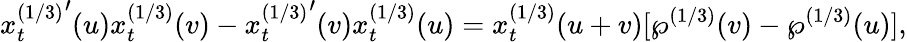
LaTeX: {x_{t}^{(1/3)}}^{\prime}(u)x_{t}^{(1/3)}(v)-{x_{t}^{(1/3)}}^{\prime}(v)x_{t}^{(1/3)}(u)=x_{t}^{(1/3)}(u+v)[\wp^{(1/3)}(v)-\wp^{(1/3)}(u)],